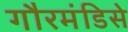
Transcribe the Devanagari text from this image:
गौरमंडिसे